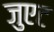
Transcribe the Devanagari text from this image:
जुएट